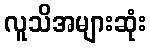
လူသိအများဆုံး